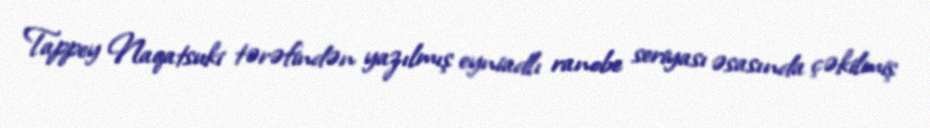
Tappey Naqatsuki tərəfindən yazılmış eyniadlı ranobe seriyası əsasında çəkilmiş